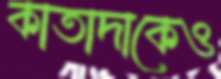
কাতাদাকেও